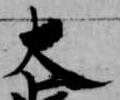
大